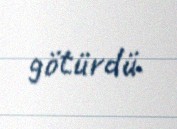
götürdü.